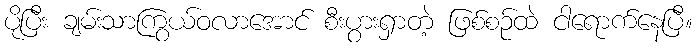
ပိုပြီး ချမ်းသာကြွယ်ဝလာအောင် စီးပွားရှာတဲ့ ဖြစ်စဉ်ထဲ ငါရောက်နေပြီ။